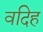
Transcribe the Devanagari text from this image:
वदिह